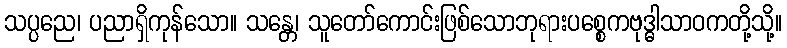
သပ္ပညေ၊ ပညာရှိကုန်သော။ သန္တေ၊ သူတော်ကောင်းဖြစ်သောဘုရားပစ္စေကဗုဒ္ဓါသာဝကတို့သို့။